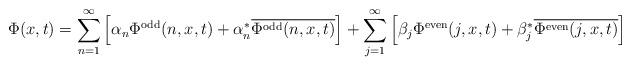
LaTeX: \begin{align*}\Phi(x,t) = \sum_{n=1}^\infty \left[ \alpha_n \Phi^{\rm odd}(n,x,t) + \alpha_n^*\overline{\Phi^{\rm odd}(n,x,t)} \right]+ \sum_{j=1}^\infty\left[ \beta_j\Phi^{\rm even}(j,x,t) + \beta_j^* \overline{\Phi^{\rm even}(j,x,t)} \right]\end{align*}